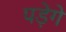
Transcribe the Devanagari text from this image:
पड़ेगे